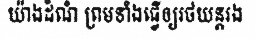
យ៉ាងដំណំ ព្រមទាំងធ្វើឲ្យរថយន្តរង